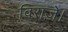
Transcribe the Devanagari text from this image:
विराजे।